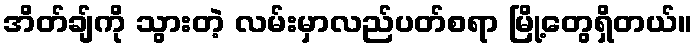
အိတ်ချ်ကို သွားတဲ့ လမ်းမှာလည်ပတ်စရာ မြို့တွေရှိတယ်။